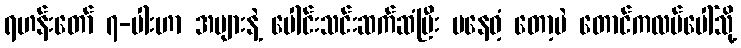
ရဟန်းတော် ၇-ပါးဟာ အများနဲ့ ပေါင်းသင်းဆက်ဆံပြီး မနေဝံ့ တော့ပဲ တောင်ကလပ်ပေါ်သို့